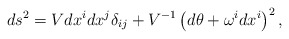
\begin{align*}ds^2=V dx^i dx^j\delta_{ij}+V^{-1}\left(d\theta+\omega^i dx^i\right)^2 ,\end{align*}